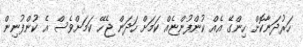
ހަރުދަނާކޮށް ހިންގޭ އެއް ކުންފުންޏެއް ކަމަށް ހަދަން ޖެހޭ ކަމަށްވެސް އެ ކުންފުނިން